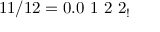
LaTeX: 1 1 / 1 2 = 0 . 0 \ 1 \ 2 \ 2 _ { ! }